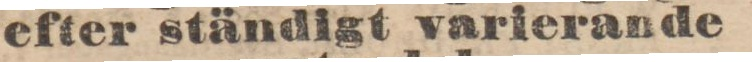
efter ständigt varierande